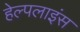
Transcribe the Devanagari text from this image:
हेल्पलाइंस